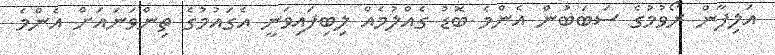
އަލިފާން ރޯވުމުގެ ސަބަބުން އެންމެ ބޮޑު ގެއްލުމެއް ލިބިފައިވަނީ އެގައުމުގެ ތިންވަނައަށް އެންމެ